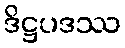
ဒိဋ္ဌပဒဿ